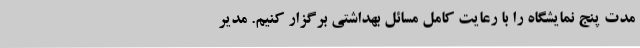
مدت پنج نمایشگاه را با رعایت کامل مسائل بهداشتی برگزار کنیم. مدیر